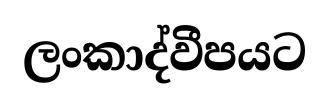
ලංකාද්වීපයට